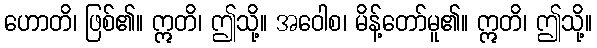
ဟောတိ၊ ဖြစ်၏။ ဣတိ၊ ဤသို့။ အဝေါစ၊ မိန့်တော်မူ၏။ ဣတိ၊ ဤသို့။